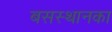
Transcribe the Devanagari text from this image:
बसस्थानका